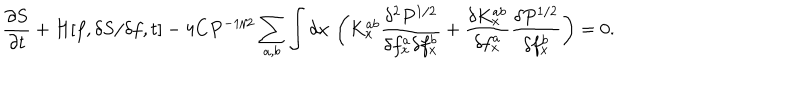
\frac { \partial S } { \partial t } + H [ f , \delta S / \delta f , t ] - 4 C P ^ { - 1 / 2 } \sum _ { a , b } \int d x \, \left( K _ { x } ^ { a b } \frac { \delta ^ { 2 } P ^ { 1 / 2 } } { \delta f _ { x } ^ { a } \delta f _ { x } ^ { b } } + \frac { \delta K _ { x } ^ { a b } } { \delta f _ { x } ^ { a } } \frac { \delta P ^ { 1 / 2 } } { \delta f _ { x } ^ { b } } \right) = 0 .